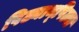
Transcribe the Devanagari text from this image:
पिढ्यान्‌पिढ्या